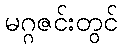
မဂ္ဂဇင်းတွင်